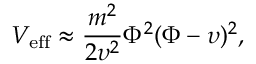
V _ { \mathrm { e f f } } \approx \frac { m ^ { 2 } } { 2 \upsilon ^ { 2 } } \Phi ^ { 2 } ( \Phi - \upsilon ) ^ { 2 } ,